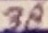
Text: 38